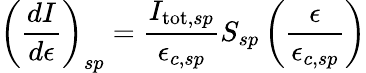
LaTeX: \left(\frac{dI}{d\epsilon}\right)_{sp}=\frac{I_{\mathrm{tot},sp}}{\epsilon_{c,sp}}S_{sp}\left(\frac{\epsilon}{\epsilon_{c,sp}}\right)